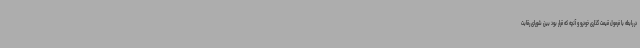
در رابطه با فرمول قیمت گذاری خودرو و آنچه که قرار بود بین شورای رقابت